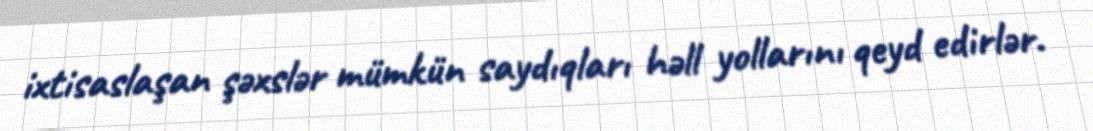
ixtisaslaşan şəxslər mümkün saydıqları həll yollarını qeyd edirlər.